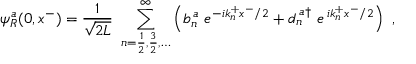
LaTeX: \psi _ { R } ^ { a } ( 0 , x ^ { - } ) = \frac { 1 } { \sqrt { 2 L } } ~ \sum _ { n = \frac { 1 } { 2 } , \frac { 3 } { 2 } , \dots } ^ { \infty } \left( b _ { n } ^ { \, a } ~ e ^ { - i k _ { n } ^ { + } x ^ { - } / 2 } + d _ { n } ^ { \, a \dag } ~ e ^ { \, i k _ { n } ^ { + } x ^ { - } / 2 } \right) ~ ,